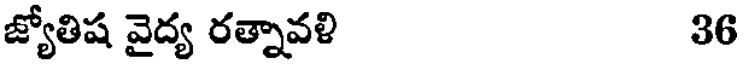
జ్యోతిష వైద్య రత్నావళి 36